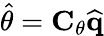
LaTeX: \widehat{\theta}=\mathbf{C}_{\theta}\widehat{\mathbf{q}}